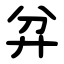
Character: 弅